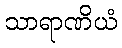
သာရာဏိယံ